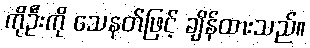
ကိုဦးကို သေနတ်ဖြင့် ချိန်ထားသည်။